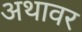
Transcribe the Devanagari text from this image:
अथावर